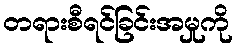
တရားစီရင်ခြင်းအမှုကို